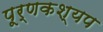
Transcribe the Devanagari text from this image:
पूर्णकश्यप